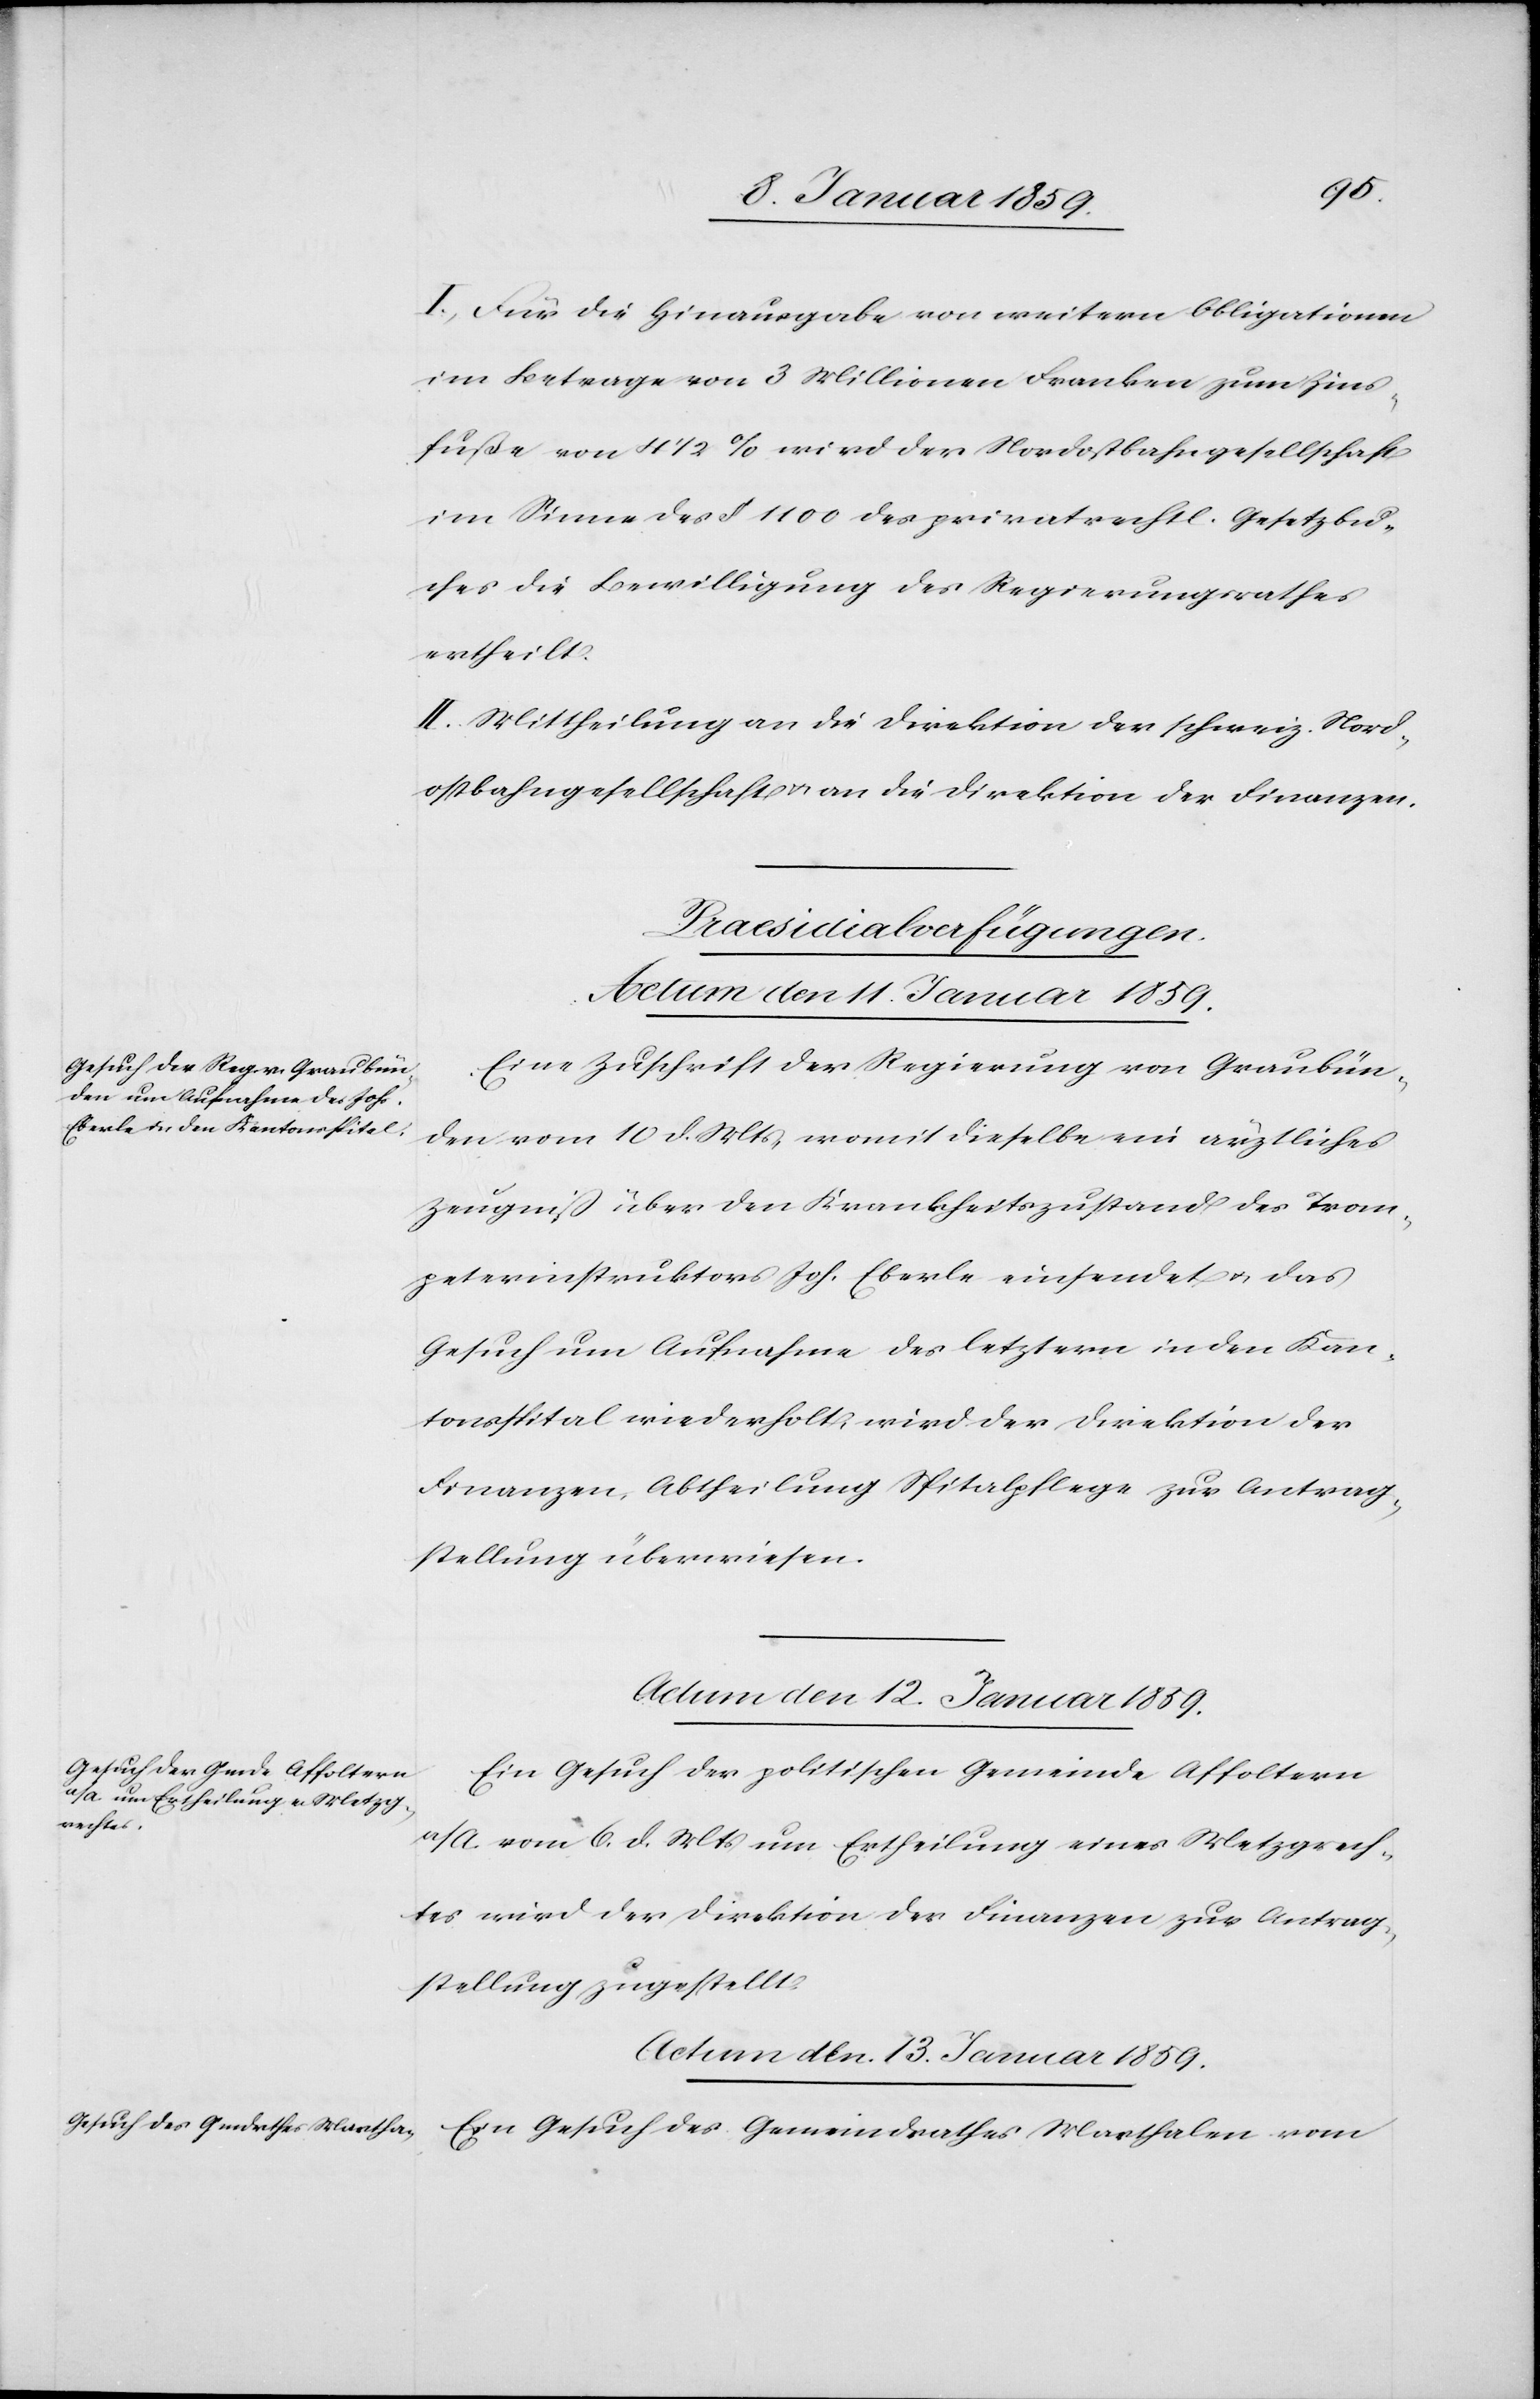
I. Für die Hinausgabe von weitern Obligationen
im Betrage von 3 Millionen Franken zum Zins¬
fuße von 41/2 % wird der Nordostbahngesellschaft
im Sinne des § 1100 des privatrechtl. Gesetzbu¬
ches die Bewilligung des Regierungsrathes
ertheilt.
II. Mittheilung an die Direktion der schweiz. Nord¬
ostbahngesellschaft u. an die Direktion der Finanzen.
[Praesidialverfügungen.]
Actum den 11. Januar 1859.
Eine Zuschrift der Regierung von Graubün¬
den vom 10 d. Mts, womit dieselbe ein ärztliches
Zeugniß über den Krankheitszustand des Trom¬
peterinstruktors Joh. Eberle einsendet u. das
Gesuch um Aufnahme des letztern in den Kan¬
tonsspital wiederholt, wird der Direktion der
Finanzen, Abtheilung Spitalpflege zur Antrag¬
stellung überwiesen.
Actum den 13. Januar 1859.
Ein Gesuch der politischen Gemeinde Affoltern
a/A vom 6. d. Mts um Ertheilung eines Metzgrech¬
tes wird der Direktion der Finanzen zur Antrag¬
stellung zugestellt.
Ein Gesuch des Gemeinderathes Marthalen vom